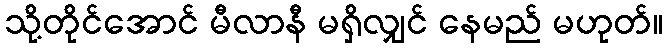
သို့တိုင်အောင် မီလာနီ မရှိလျှင် နေမည် မဟုတ်။